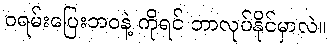
ဝရမ်းပြေးဘဝနဲ့ ကိုရင် ဘာလုပ်နိုင်မှာလဲ။